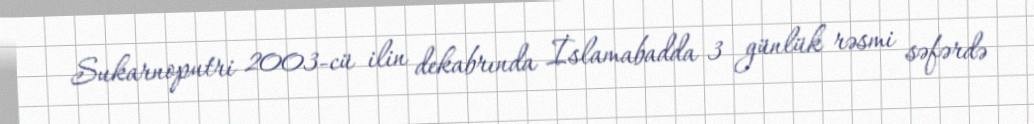
Sukarnoputri 2003-cü ilin dekabrında İslamabadda 3 günlük rəsmi səfərdə